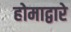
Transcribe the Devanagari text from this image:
होमाद्वारे